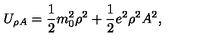
U _ { \rho A } = { \frac { 1 } { 2 } } m _ { 0 } ^ { 2 } \rho ^ { 2 } + { \frac { 1 } { 2 } } e ^ { 2 } \rho ^ { 2 } A ^ { 2 } ,